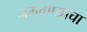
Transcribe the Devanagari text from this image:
नमवण्याचा